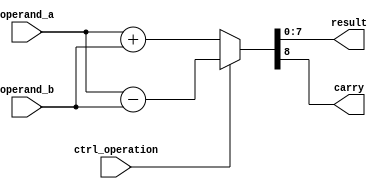
module my_alu_unit
    #(
        parameter DATA_WIDTH = 8
    )
    (
        input ctrl_operation,
        input [(DATA_WIDTH - 1) : 0] operand_a,
        input [(DATA_WIDTH - 1) : 0] operand_b,
        output reg [(DATA_WIDTH - 1) : 0] result,
        output reg carry
    );
    
    always @(*) begin : combinational
        if(ctrl_operation == 1'b1) begin
            {carry, result} = operand_a - operand_b;
        end
        else begin
            {carry, result} = operand_a + operand_b;
        end
    end
    
endmodule